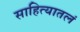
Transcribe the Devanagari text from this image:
साहित्यातलं